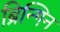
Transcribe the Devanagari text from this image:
ब्रिन्गिन